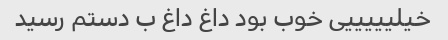
خیلیییییی خوب بود داغ داغ ب دستم رسید